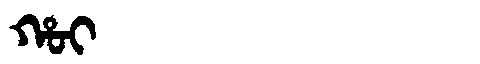
Manchu: ᡥᠣᡳ
Romanization: HOI